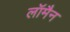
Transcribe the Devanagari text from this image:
लॉमैन